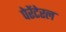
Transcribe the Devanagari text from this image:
पेरेंटेरल